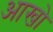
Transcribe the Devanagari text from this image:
आखो